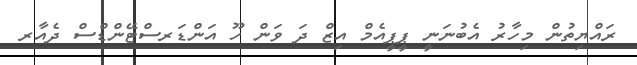
ރައްޔިތުން މިހާރު އެބުނަނީ ޕީޕީއެމް އިޒް ދަ ވަން ހޫ އަންޑަރސްޓޭންޑްސް ދެއާރ